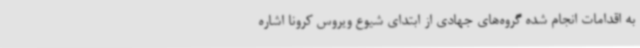
به اقدامات انجام شده گروه‌های جهادی از ابتدای شیوع ویروس کرونا اشاره